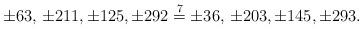
LaTeX: \begin{align*}\pm 63,\, \pm 211, \pm 125, \pm 292 \stackrel{7}{=} \pm 36,\, \pm 203, \pm 145, \pm 293.\end{align*}